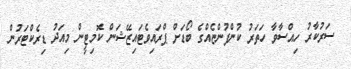
ސަރުކާރު ހިއްސާވާ ހަތަރު ކުންފުންޏެއްގެ ބޯޑަށް ޕްރައިވެޓައިޒޭޝަން ކޮމިޓީން މިއަދު ޑިރެކްޓަރުން